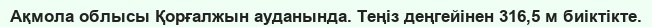
Ақмола облысы Қорғалжын ауданында. Теңіз деңгейінен 316,5 м биіктікте.